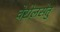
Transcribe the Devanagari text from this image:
वेरोलसेतु